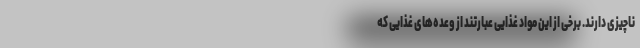
ناچیزی دارند. برخی از این مواد غذایی عبارتند از وعده‌های غذایی که